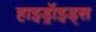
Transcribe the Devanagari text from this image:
हाइड्रॉइड्स